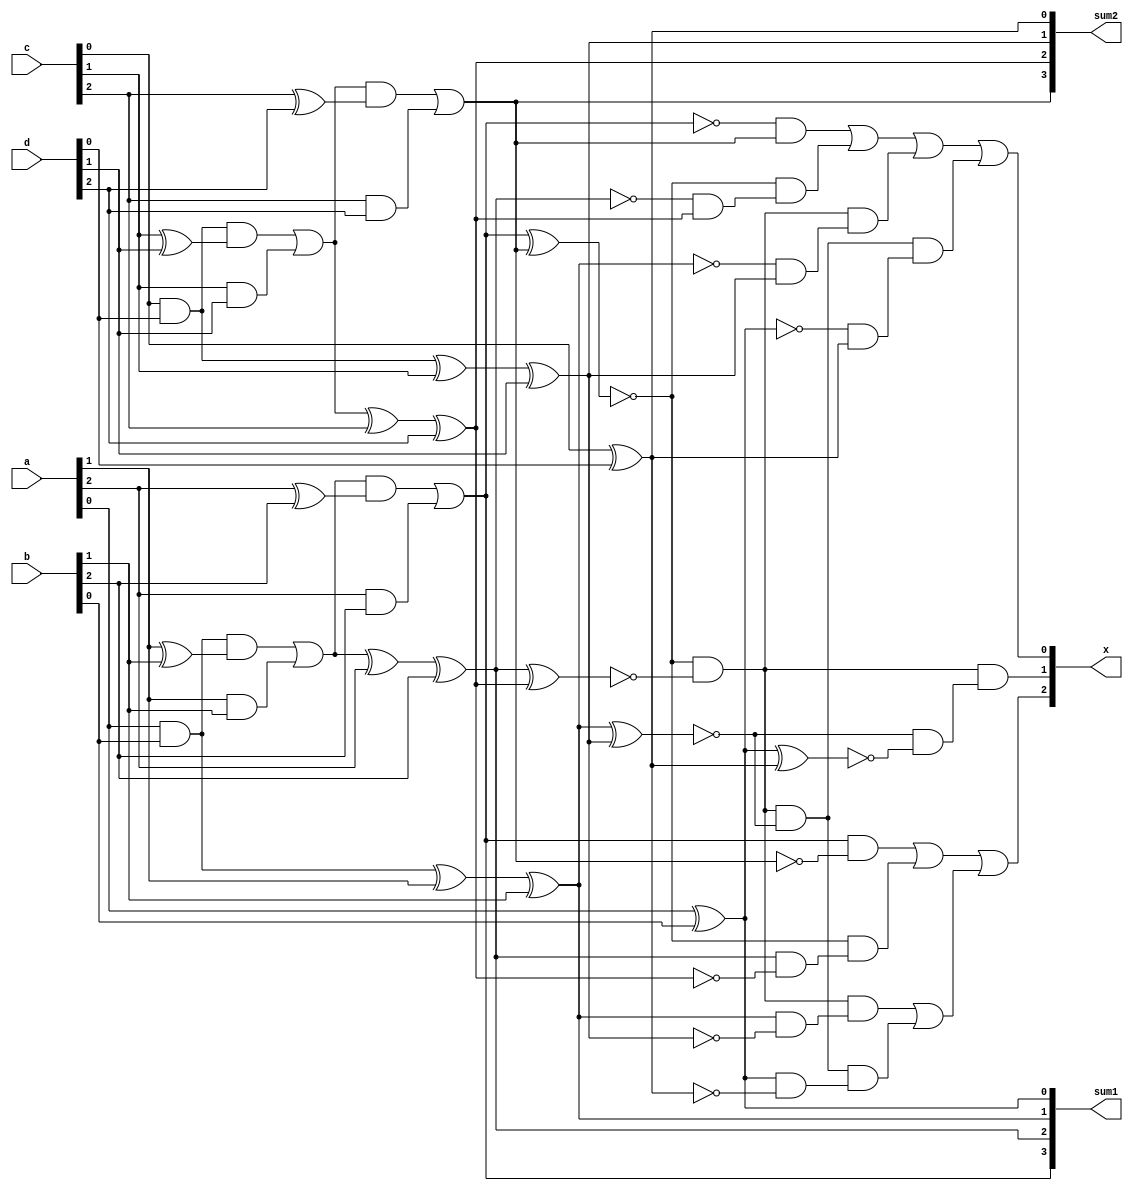
module counter(input[0:2] a,input[0:2] b,input[0:2] c,input[0:2] d,output[0:2] x,output[0:3] sum1,output[0:3] sum2);
    wire[0:3] w1; //for first sum
    wire[0:3] w2; //for second sum
    
    //a+b
    wire s1,s2,s3,c1,c2,c3;
    assign s1=a[2]^b[2];
    assign c1=a[2]&b[2];
    assign s2=c1^a[1]^b[1];
    assign c2=(c1&(a[1]^b[1]))|(a[1]&b[1]);
    assign s3=c2^a[0]^b[0];
    assign c3=(c2&(a[0]^b[0]))|(a[0]&b[0]);
    assign w1[0]=c3;
    assign w1[1]=s3;
    assign w1[2]=s2;
    assign w1[3]=s1;

    //c+d
    wire k1,k2,k3,p1,p2,p3;
    assign k1=c[2]^d[2];
    assign p1=c[2]&d[2];
    assign k2=p1^c[1]^d[1];
    assign p2=(p1&(c[1]^d[1]))|(c[1]&d[1]);
    assign k3=p2^c[0]^d[0];
    assign p3=(p2&(c[0]^d[0]))|(c[0]&d[0]);
    assign w2[0]=p3;
    assign w2[1]=k3;
    assign w2[2]=k2;
    assign w2[3]=k1;

    //COMPARATOR
    wire m0,m1,m2,m3;
    assign m0=~(w1[0]^w2[0]);
    assign m1=~(w1[1]^w2[1]);
    assign m2=~(w1[2]^w2[2]);
    assign m3=~(w1[3]^w2[3]);
    wire temp1,temp2,temp3,temp4;
    assign temp1=w1[0]&(~w2[0]);
    assign temp2=(m0)&(w1[1]&(~w2[1]));
    assign temp3=((m0)&(m1))&(w1[2]&(~w2[2]));
    assign temp4=((m0)&(m1)&(m2))&(w1[3]&(~w2[3]));
    
    //assigning output
    assign x[0]=(temp1|temp2)|(temp3|temp4); //a>b
    assign x[1]=((m0)&(m1))&((m2)&(m3));  //a=b
    assign x[2]=(~w1[0]&(w2[0]))|(m0&(~w1[1]&(w2[1])))|(m0&m1&(~w1[2]&(w2[2])))|(m0&m1&m2&(~w1[3]&(w2[3]))); //a<b

    //assigning the two sums
    assign sum1=w1; 
    assign sum2=w2;
endmodule